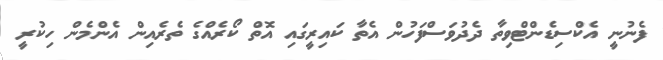
ފެނުނީ އެކްސިޑެންޓްވިތާ ދެދުވަސްފަހުން އެތާ ކައިރީގައި އޮތް ކޯރެއްގެ ތެރެއިންްް އެންމެން ހިކުރީ